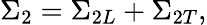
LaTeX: \Sigma_{2}=\Sigma_{2L}+\Sigma_{2T},